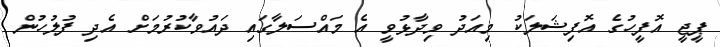
ޕީޖީ އޮފީހުގެ އޮފިޝަލަކު މިއަދު ވިދާޅުވީ އެ މައްސަލާގައި ދައުވާކުރުމަށް އެދި ފުލުހުން